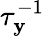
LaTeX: \tau_{\mathbf{y}}^{-1}